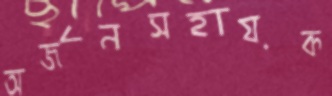
অর্জনসহায়ক